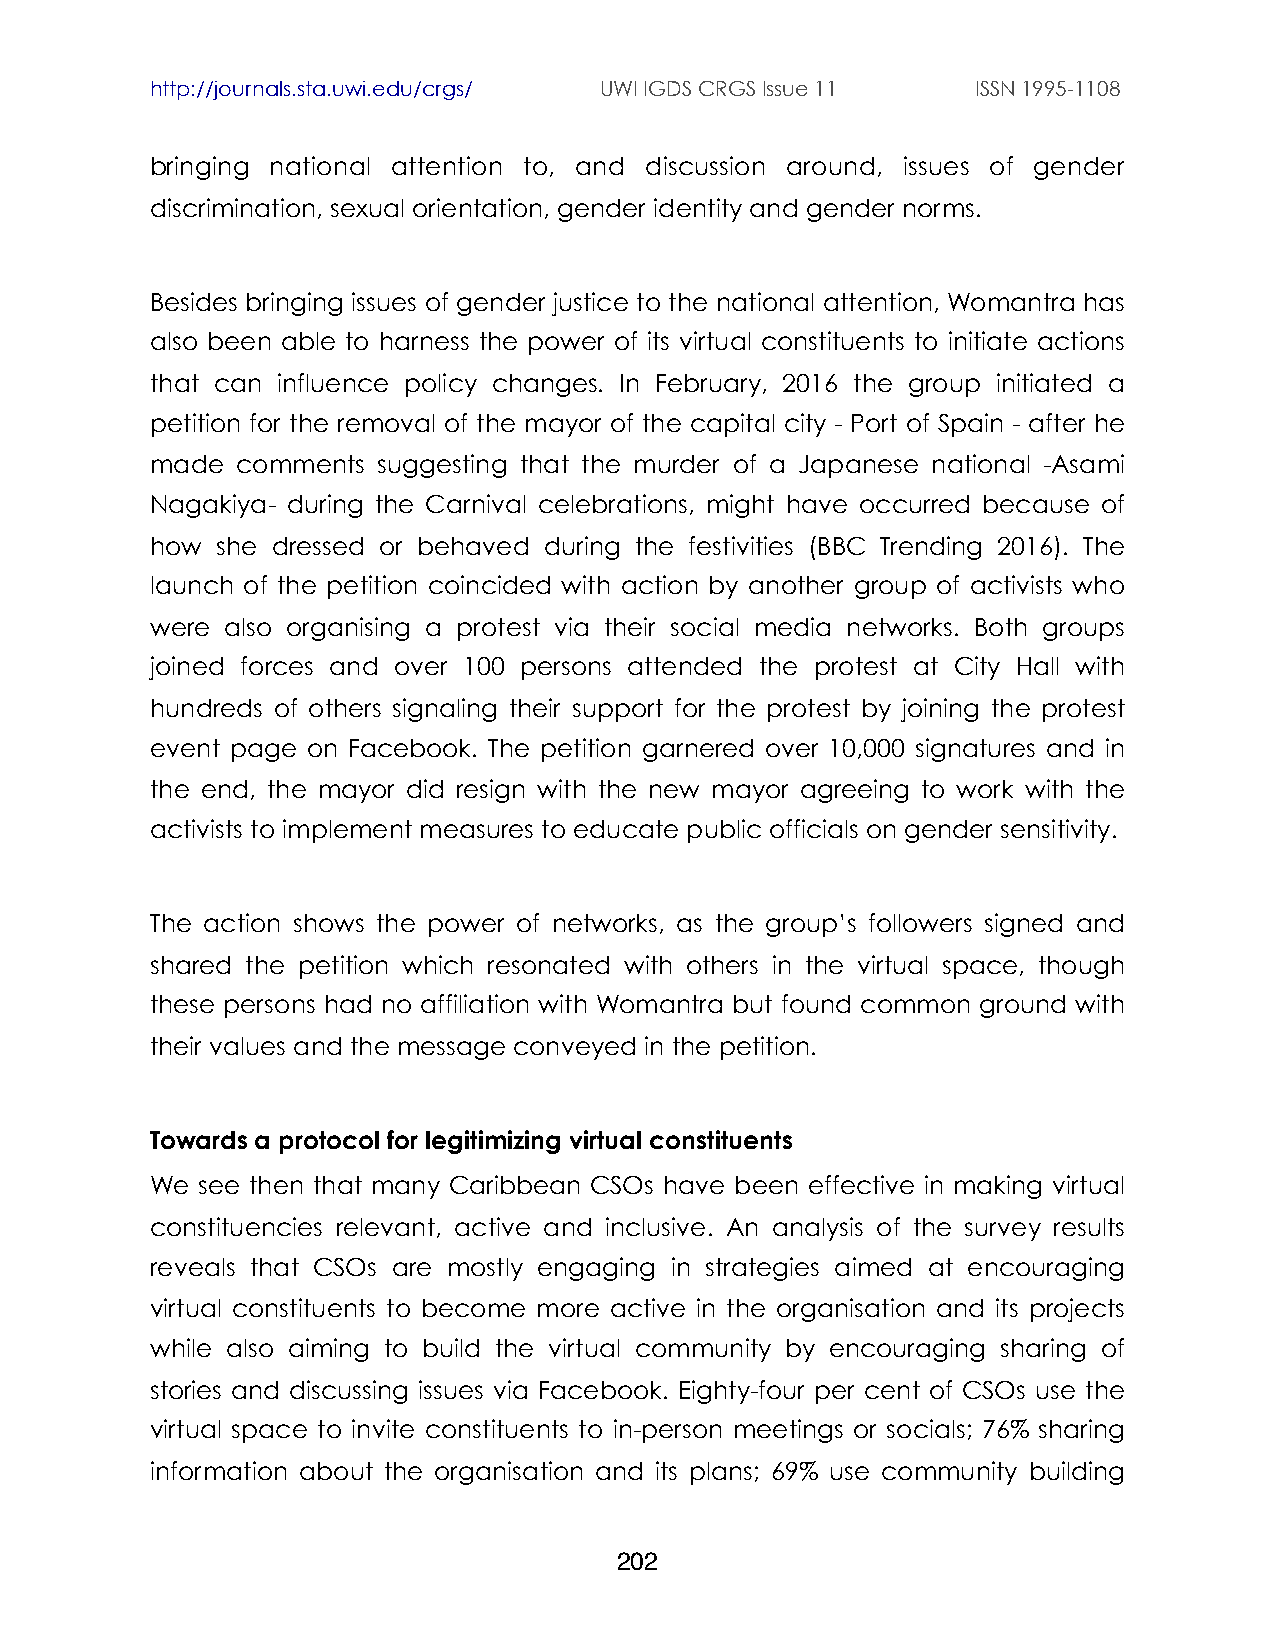
http://journals.sta.uwi.edu/crgs/ UWI IGDS CRGS Issue 11 ISSN 1995-1108
 bringing national attention to, and discussion around, issues of gender
 discrimination, sexual orientation, gender identity and gender norms.
 Besides bringing issues of gender justice to the national attention, Womantra has
 also been able to harness the power of its virtual constituents to initiate actions
 that can influence policy changes. In February, 2016 the group initiated a
 petition for the removal of the mayor of the capital city - Port of Spain - after he
 made  comments suggesting that the murder of a Japanese national -Asami
 Nagakiya- during the Carnival celebrations, might have occurred because of
 how she dressed or behaved during the festivities (BBC Trending 2016). The
 launch of the petition coincided with action by another group of activists who
 were also organising a protest via their social media networks. Both groups
 joined forces and over 100 persons attended the protest at City Hall with
 hundreds of others signaling their support for the protest by joining the protest
 event page on Facebook. The petition garnered over 10,000 signatures and in
 the end, the mayor did resign with the new mayor agreeing to work with the
 activists to implement measures to educate public officials on gender sensitivity.
 The action shows the power of networks, as the group’s followers signed and
 shared the petition which resonated with others in the virtual space, though
 these persons had no affiliation with Womantra but found common ground with
 their values and the message conveyed in the petition.
 Towards a protocol for legitimizing virtual constituents
 We see then that many Caribbean CSOs have been effective in making virtual
 constituencies relevant, active and inclusive. An analysis of the survey results
 reveals that CSOs are mostly engaging in strategies aimed at encouraging
 virtual constituents to become more active in the organisation and its projects
 while also aiming to build the virtual community by encouraging sharing of
 stories and discussing issues via Facebook. Eighty-four per cent of CSOs use the
 virtual space to invite constituents to in-person meetings or socials; 76% sharing
 information about the organisation and its plans; 69% use community building
 202